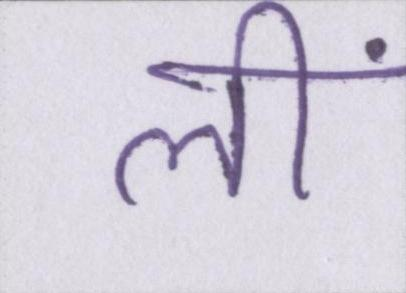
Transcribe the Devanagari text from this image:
लीं